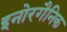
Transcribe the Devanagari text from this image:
इनोरगैनिक